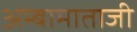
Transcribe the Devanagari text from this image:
अम्बामाताजी